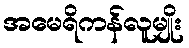
အမေရိကန်လူမျိုး